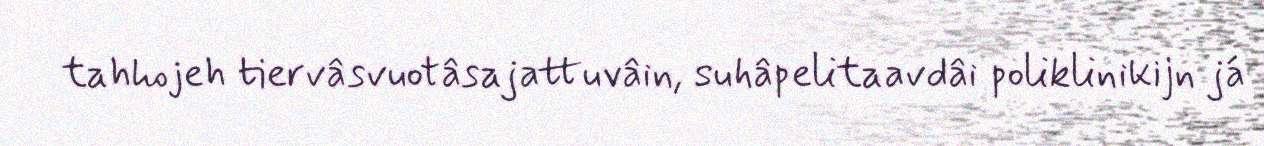
tahhojeh tiervâsvuotâsajattuvâin, suhâpelitaavdâi poliklinikijn já